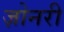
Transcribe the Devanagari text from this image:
ज़ोनरी